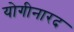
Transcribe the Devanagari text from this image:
योगीनारद